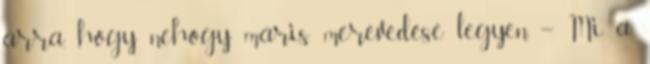
arra, hogy nehogy máris merevedése legyen. – Mi a